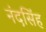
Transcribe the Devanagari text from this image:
नंदसिंह